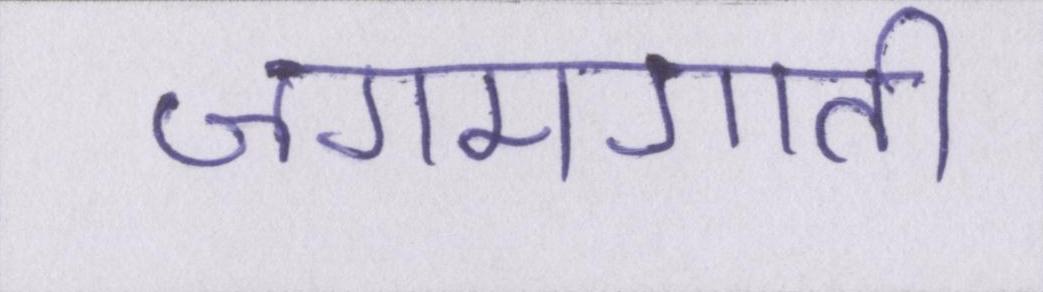
जगमगाती